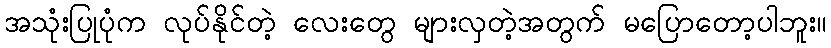
အသုံးပြုပုံက လုပ်နိုင်တဲ့ လေးတွေ များလှတဲ့အတွက် မပြောတော့ပါဘူး။